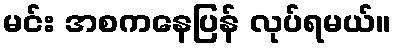
မင်း အစကနေပြန် လုပ်ရမယ်။